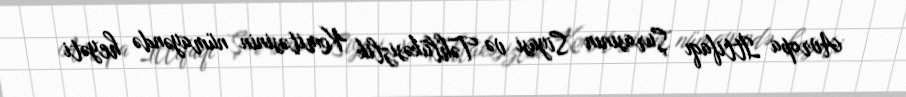
Avropa İttifaqı Şurasının Siyasi və Təhlükəsizlik Komitəsinin nümayəndə heyəti